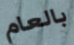
بالعام